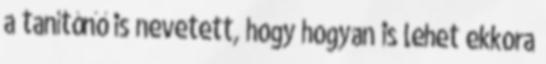
a tanítónő is nevetett, hogy hogyan is lehet ekkora